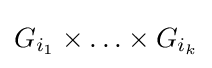
G_{i_{1}}\times \ldots \times G_{i_{k}}